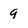
Character: 9